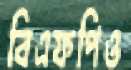
বিএফপিও